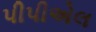
પીપીએલ